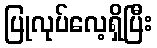
ပြုလုပ်လေ့ရှိပြီး